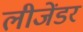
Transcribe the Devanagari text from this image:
लीजेंडर